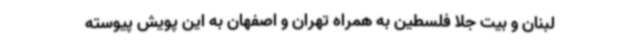
لبنان و بیت جلا فلسطین به همراه تهران و اصفهان به این پویش پیوسته